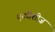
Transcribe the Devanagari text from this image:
एस्पीशीज़